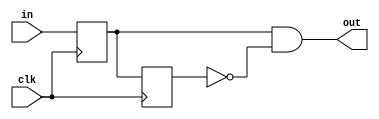
module syn_circ(in, clk, out);
	input in, clk; // 
	output out;
	reg q1, q2; // 
	
	always @ (posedge clk)
	begin 
		q1 <= in; // 
		q2 <= q1;	
	end
	assign out = q1 && (~q2);
endmodule